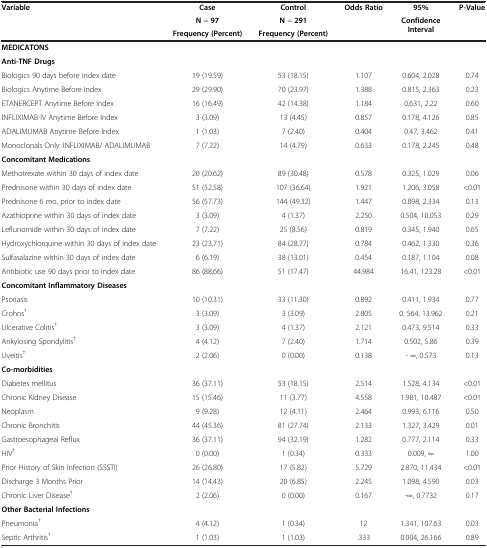
<table><thead><tr><td rowspan="3"><b>Variable</b></td><td><b>Case</b></td><td><b>Control</b></td><td rowspan="3"><b>Odds Ratio</b></td><td><b>95%</b></td><td><b>P-Value</b></td></tr><tr><td><b>N = 97</b></td><td><b>N = 291</b></td><td rowspan="2"><b>Confidence Interval</b></td><td rowspan="2">[EMPTY_CELL]</td></tr><tr><td><b>Frequency (Percent)</b></td><td><b>Frequency (Percent)</b></td></tr></thead><tbody><tr><td><b>MEDICATONS</b></td><td>[EMPTY_CELL]</td><td>[EMPTY_CELL]</td><td>[EMPTY_CELL]</td><td>[EMPTY_CELL]</td><td>[EMPTY_CELL]</td></tr><tr><td><b>Anti-TNF Drugs</b></td><td>[EMPTY_CELL]</td><td>[EMPTY_CELL]</td><td>[EMPTY_CELL]</td><td>[EMPTY_CELL]</td><td>[EMPTY_CELL]</td></tr><tr><td>Biologics 90 days before index date</td><td>19 (19.59)</td><td>53 (18.15)</td><td>1.107</td><td>0.604, 2.028</td><td>0.74</td></tr><tr><td>Biologics Anytime Before Index</td><td>29 (29.90)</td><td>70 (23.97)</td><td>1.388</td><td>0.815, 2.363</td><td>0.23</td></tr><tr><td>ETANERCEPT Anytime Before Index</td><td>16 (16.49)</td><td>42 (14.38)</td><td>1.184</td><td>0.631, 2.22</td><td>0.60</td></tr><tr><td>INFLIXIMAB IV Anytime Before Index</td><td>3 (3.09)</td><td>13 (4.45)</td><td>0.857</td><td>0.178, 4.126</td><td>0.85</td></tr><tr><td>ADALIMUMAB Anytime Before Index</td><td>1 (1.03)</td><td>7 (2.40)</td><td>0.404</td><td>0.47, 3.462</td><td>0.41</td></tr><tr><td>Monoclonals Only: INFLIXIMAB/ ADALIMUMAB</td><td>7 (7.22)</td><td>14 (4.79)</td><td>0.633</td><td>0.178, 2.245</td><td>0.48</td></tr><tr><td><b>Concomitant Medications</b></td><td>[EMPTY_CELL]</td><td>[EMPTY_CELL]</td><td>[EMPTY_CELL]</td><td>[EMPTY_CELL]</td><td>[EMPTY_CELL]</td></tr><tr><td>Methotrexate within 30 days of index date</td><td>20 (20.62)</td><td>89 (30.48)</td><td>0.578</td><td>0.325, 1.029</td><td>0.06</td></tr><tr><td>Prednisone within 30 days of index date</td><td>51 (52.58)</td><td>107 (36.64)</td><td>1.921</td><td>1.206, 3.058</td><td>&lt;0.01</td></tr><tr><td>Prednisone 6 mo. prior to index date</td><td>56 (57.73)</td><td>144 (49.32)</td><td>1.447</td><td>0.898, 2.334</td><td>0.13</td></tr><tr><td>Azathioprine within 30 days of index date</td><td>3 (3.09)</td><td>4 (1.37)</td><td>2.250</td><td>0.504, 10.053</td><td>0.29</td></tr><tr><td>Leflunomide within 30 days of index date</td><td>7 (7.22)</td><td>25 (8.56)</td><td>0.819</td><td>0.345, 1.940</td><td>0.65</td></tr><tr><td>Hydroxychlorquine within 30 days of index date</td><td>23 (23.71)</td><td>84 (28.77)</td><td>0.784</td><td>0.462, 1.330</td><td>0.36</td></tr><tr><td>Sulfasalazine within 30 days of index date</td><td>6 (6.19)</td><td>38 (13.01)</td><td>0.454</td><td>0.187, 1.104</td><td>0.08</td></tr><tr><td>Antibiotic use 90 days prior to index date</td><td>86 (88.66)</td><td>51 (17.47)</td><td>44.984</td><td>16.41, 123.28</td><td>&lt;0.01</td></tr><tr><td><b>Concomitant Inflammatory Diseases</b></td><td>[EMPTY_CELL]</td><td>[EMPTY_CELL]</td><td>[EMPTY_CELL]</td><td>[EMPTY_CELL]</td><td>[EMPTY_CELL]</td></tr><tr><td>Psoriasis</td><td>10 (10.31)</td><td>33 (11.30)</td><td>0.892</td><td>0.411, 1.934</td><td>0.77</td></tr><tr><td>Crohns<sup>†</sup></td><td>3 (3.09)</td><td>3 (3.09)</td><td>2.805</td><td>0. 564, 13.962</td><td>0.21</td></tr><tr><td>Ulcerative Colitis<sup>†</sup></td><td>3 (3.09)</td><td>4 (1.37)</td><td>2.121</td><td>0.473, 9.514</td><td>0.33</td></tr><tr><td>Ankylosing Spondylitis<sup>†</sup></td><td>4 (4.12)</td><td>7 (2.40)</td><td>1.714</td><td>0.502, 5.86</td><td>0.39</td></tr><tr><td>Uveitis<sup>†</sup></td><td>2 (2.06)</td><td>0 (0.00)</td><td>0.138</td><td>- ∞, 0.573</td><td>0.13</td></tr><tr><td><b>Co-morbidities</b></td><td>[EMPTY_CELL]</td><td>[EMPTY_CELL]</td><td>[EMPTY_CELL]</td><td>[EMPTY_CELL]</td><td>[EMPTY_CELL]</td></tr><tr><td>Diabetes mellitus</td><td>36 (37.11)</td><td>53 (18.15)</td><td>2.514</td><td>1.528, 4.134</td><td>&lt;0.01</td></tr><tr><td>Chronic Kidney Disease</td><td>15 (15.46)</td><td>11 (3.77)</td><td>4.558</td><td>1.981, 10.487</td><td>&lt;0.01</td></tr><tr><td>Neoplasm</td><td>9 (9.28)</td><td>12 (4.11)</td><td>2.464</td><td>0.993, 6.116</td><td>0.50</td></tr><tr><td>Chronic Bronchitis</td><td>44 (45.36)</td><td>81 (27.74)</td><td>2.133</td><td>1.327, 3.429</td><td>0.01</td></tr><tr><td>Gastroesophageal Reflux</td><td>36 (37.11)</td><td>94 (32.19)</td><td>1.282</td><td>0.777, 2.114</td><td>0.33</td></tr><tr><td>HIV<sup>†</sup></td><td>0 (0.00)</td><td>1 (0.34)</td><td>0.333</td><td>0.009, ∞</td><td>1.00</td></tr><tr><td>Prior History of Skin Infection (SSSTI)</td><td>26 (26.80)</td><td>17 (5.82)</td><td>5.729</td><td>2.870, 11.434</td><td>&lt;0.01</td></tr><tr><td>Discharge 3 Months Prior</td><td>14 (14.43)</td><td>20 (6.85)</td><td>2.245</td><td>1.098, 4.590</td><td>0.03</td></tr><tr><td>Chronic Liver Disease<sup>†</sup></td><td>2 (2.06)</td><td>0 (0.00)</td><td>0.167</td><td>-∞, 0.7732</td><td>0.17</td></tr><tr><td><b>Other Bacterial Infections</b></td><td>[EMPTY_CELL]</td><td>[EMPTY_CELL]</td><td>[EMPTY_CELL]</td><td>[EMPTY_CELL]</td><td>[EMPTY_CELL]</td></tr><tr><td>Pneumonia<sup>†</sup></td><td>4 (4.12)</td><td>1 (0.34)</td><td>12</td><td>1.341, 107.63</td><td>0.03</td></tr><tr><td>Septic Arthritis<sup>†</sup></td><td>1 (1.03)</td><td>1 (1.03)</td><td>.333</td><td>0.004, 26.166</td><td>0.89</td></tr></tbody></table>